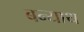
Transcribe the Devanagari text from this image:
बन्याथ